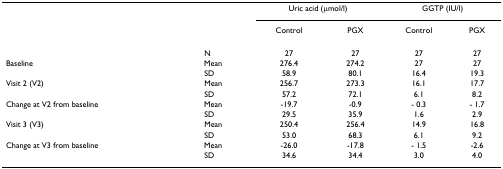
|  |  | <COLSPAN=2> Uric acid (μmol/l) | <COLSPAN=2> GGTP (IU/l) |
 |  |  | Control | PGX | Control | PGX |
 | --- | --- | --- | --- | --- | --- |
 |  | N | 27 | 27 | 27 | 27 |
 | Baseline | Mean | 276.4 | 274.2 | 27 | 27 |
 |  | SD | 58.9 | 80.1 | 16.4 | 19.3 |
 | Visit 2 (V2) | Mean | 256.7 | 273.3 | 16.1 | 17.7 |
 |  | SD | 57.2 | 72.1 | 6.1 | 8.2 |
 | Change at V2 from baseline | Mean | -19.7 | -0.9 | - 0.3 | - 1.7 |
 |  | SD | 29.5 | 35.9 | 1.6 | 2.9 |
 | Visit 3 (V3) | Mean | 250.4 | 256.4 | 14.9 | 16.8 |
 |  | SD | 53.0 | 68.3 | 6.1 | 9.2 |
 | Change at V3 from baseline | Mean | -26.0 | -17.8 | - 1.5 | -2.6 |
 |  | SD | 34.6 | 34.4 | 3.0 | 4.0 |